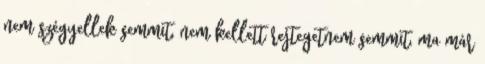
nem szégyellek semmit, nem kellett rejtegetnem semmit, ma már